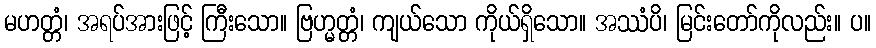
မဟတ္တံ၊ အရပ်အားဖြင့် ကြီးသော။ ဗြဟ္မတ္တံ၊ ကျယ်သော ကိုယ်ရှိသော။ အဿံပိ၊ မြင်းတော်ကိုလည်း။ ပ။